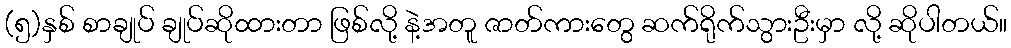
(၅)နှစ် စာချုပ် ချုပ်ဆိုထားတာ ဖြစ်လို့ နဲ့အတူ ဇာတ်ကားတွေ ဆက်ရိုက်သွားဦးမှာ လို့ ဆိုပါတယ်။